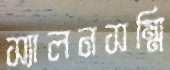
স্যালনসম্মি